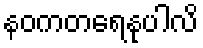
နဝကတရေနုပါလိ